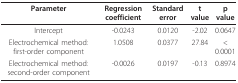
<table><thead><tr><td><b>Parameter</b></td><td><b>Regression coefficient</b></td><td><b>Standard error</b></td><td><b>t value</b></td><td><b>p value</b></td></tr></thead><tbody><tr><td>Intercept</td><td>-0.0243</td><td>0.0120</td><td>-2.02</td><td>0.0647</td></tr><tr><td>Electrochemical method: first-order component</td><td>1.0508</td><td>0.0377</td><td>27.84</td><td>&lt; 0.0001</td></tr><tr><td>Electrochemical method: second-order component</td><td>-0.0026</td><td>0.0197</td><td>-0.13</td><td>0.8974</td></tr></tbody></table>